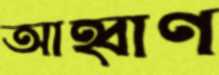
আহ্বাণ